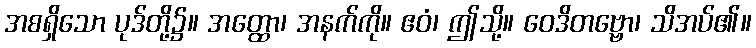
အစရှိသော ပုဒ်တို့၌။ အတ္ထော၊ အနက်ကို။ ဧဝံ၊ ဤသို့။ ဝေဒိတဗ္ဗော၊ သိအပ်၏။